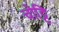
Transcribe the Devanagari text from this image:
चोट्टि